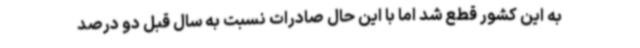
به این کشور قطع شد اما با این حال صادرات نسبت به سال قبل دو درصد